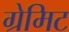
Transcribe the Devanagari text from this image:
ग्रेमिट